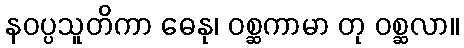
နဝပ္ပသူတိကာ ဓေနု၊ ဝစ္ဆကာမာ တု ဝစ္ဆလာ။